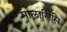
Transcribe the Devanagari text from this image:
मालासिसि